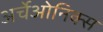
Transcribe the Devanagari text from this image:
अर्चेओनिक्स